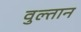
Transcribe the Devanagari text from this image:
वुल्तान